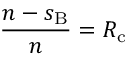
\frac { n - s _ { \mathrm { B } } } { n } = R _ { \mathrm { c } }